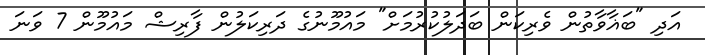
އަދި "ބަޣާވާތުން ވެރިކަން ބަދަލުކުރުމަށް" މައުމޫނުގެ ދަރިކަލުން ފާރިޝް މައުމޫން 7 ވަނަ